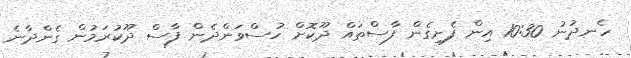
ހެނދުނު 10:30 އިން ފެށިގެން ފާސްތައް ދޫކޮށް ހުސްވަންދެން ފާސް ދޫކުރަމުން ގެންދާނެ